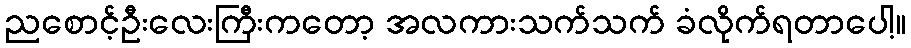
ညစောင့်ဦးလေးကြီးကတော့ အလကားသက်သက် ခံလိုက်ရတာပေါ့။